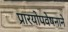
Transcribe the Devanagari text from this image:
प्रारयोपवेषनाने